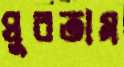
ঘুরতাম